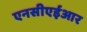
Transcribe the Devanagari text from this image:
एनसीएईआर